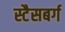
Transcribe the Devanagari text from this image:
स्टैसबर्ग